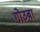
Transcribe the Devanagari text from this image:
गोउबा